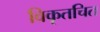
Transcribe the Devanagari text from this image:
विकृतचित